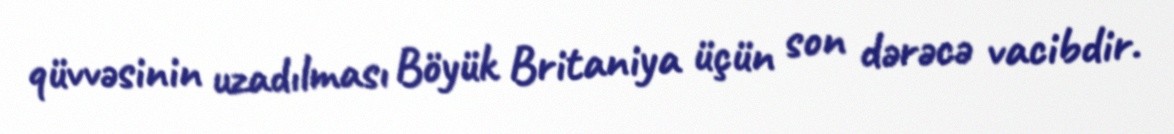
qüvvəsinin uzadılması Böyük Britaniya üçün son dərəcə vacibdir.